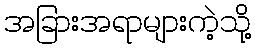
အခြားအရာများကဲ့သို့